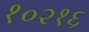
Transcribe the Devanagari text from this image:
१०२१६